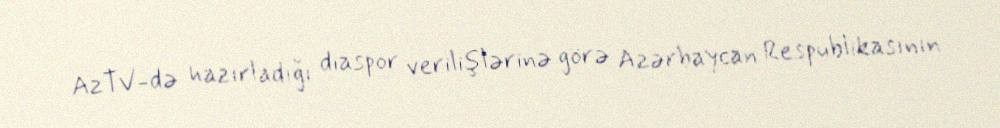
AzTV-də hazırladığı diaspor verilişlərinə görə Azərbaycan Respublikasının